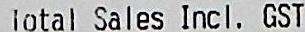
TOTAL SALES INCL. GST